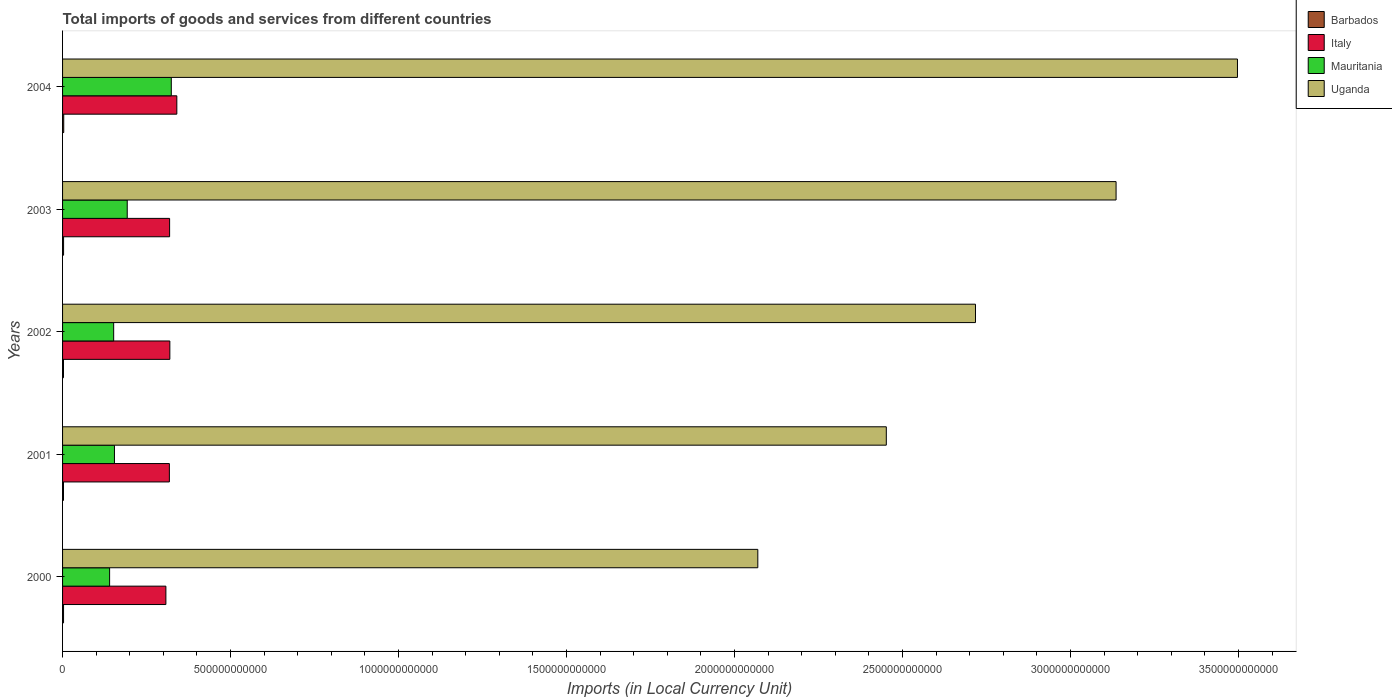
| Years | Barbados | Italy | Mauritania | Uganda |
 | --- | --- | --- | --- | --- |
 | 2000 | 2.9e+09 | 3.08e+11 | 1.4e+11 | 2.07e+12 |
 | 2001 | 2.77e+09 | 3.18e+11 | 1.54e+11 | 2.45e+12 |
 | 2002 | 2.76e+09 | 3.19e+11 | 1.52e+11 | 2.72e+12 |
 | 2003 | 3.03e+09 | 3.19e+11 | 1.92e+11 | 3.14e+12 |
 | 2004 | 3.47e+09 | 3.4e+11 | 3.24e+11 | 3.5e+12 |